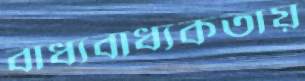
বাধ্যবাধ্যকতায়